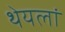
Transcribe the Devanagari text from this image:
थेयलां